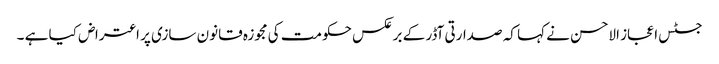
جسٹس اعجاز الاحسن نے کہا کہ صدارتی آڈر کے برعکس حکومت کی مجوزہ قانون سازی پر اعتراض کیا ہے ۔